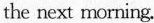
the next morning.